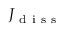
J _ { \mathrm { ~ d ~ i ~ s ~ s ~ } }